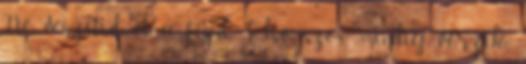
Ne veszítsd el a fejed Első szex: mindig vérzik?